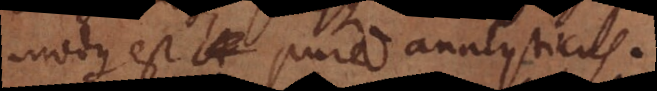
modus est pure analyticus.